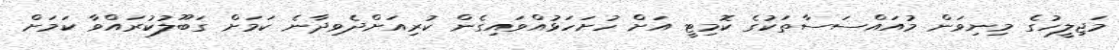
މަޖިލީހުގެ މިނިވަން މުއައްސަސާތަކުގެ ކޮމިޓީ އަށް ހުށަހަޅުއްވައިގެން ކުރިއަށްދެވިދާނެ ކަމަށް ގަބޫލުކުރައްވާ ކަމަށް